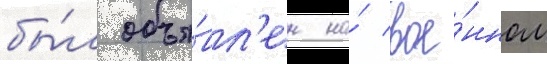
бы́л объя́вл'ен на́ вое́нном